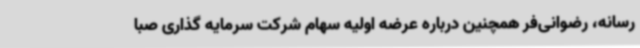
رسانه، رضوانی‌فر همچنین درباره عرضه اولیه سهام شرکت سرمایه گذاری صبا